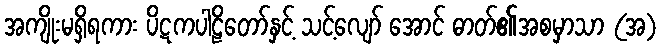
အကျိုးမရှိရကား ပိဋကပါဠိတော်နှင့် သင့်လျော် အောင် ဓာတ်၏အစမှာသာ (အ)